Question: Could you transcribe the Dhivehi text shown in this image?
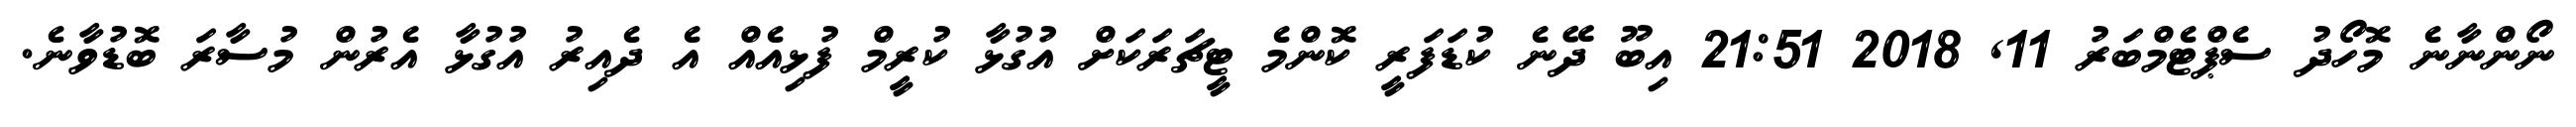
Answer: ނޯންނާނެ މޮހޯދު ސެޕްޓެމްބަރު 11, 2018 21:51 އިބޫ ދޭނެ ކުޑަފަރީ ކޮންމެ ޓީޗަރަކަށް އުގުޅާ ކުރީމް ފުޅިއެއް އެ ދެއިރު އުގުޅާ އެރުން މުސާރަ ބޮޑުވާނެ.